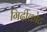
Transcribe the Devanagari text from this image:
गिर्दीकोट